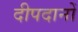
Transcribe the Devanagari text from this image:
दीपदानों